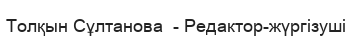
Толқын Сұлтанова  - Редактор-жүргізуші